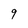
Character: 9